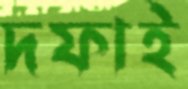
দফাই